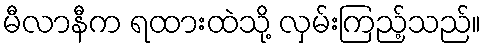
မီလာနီက ရထားထဲသို့ လှမ်းကြည့်သည်။